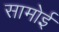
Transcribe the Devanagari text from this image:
सामोई